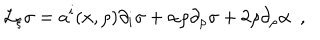
LaTeX: { \cal L } _ { \xi } \sigma = a ^ { i } ( x , \rho ) \partial _ { i } \sigma + \alpha \rho \partial _ { \rho } \sigma + 2 \rho \partial _ { \rho } \alpha ~ ~ ,